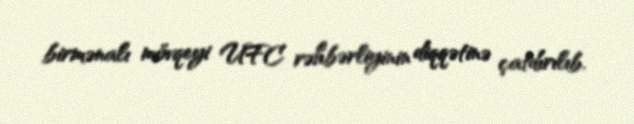
birmənalı mövqeyi UFC rəhbərliyinin diqqətinə çatdırılıb.